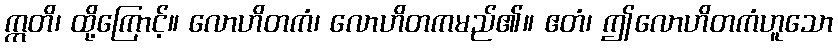
ဣတိ၊ ထို့ကြောင့်။ လောဟိတကံ၊ လောဟိတကမည်၏။ ဧတံ၊ ဤလောဟိတကံဟူသော